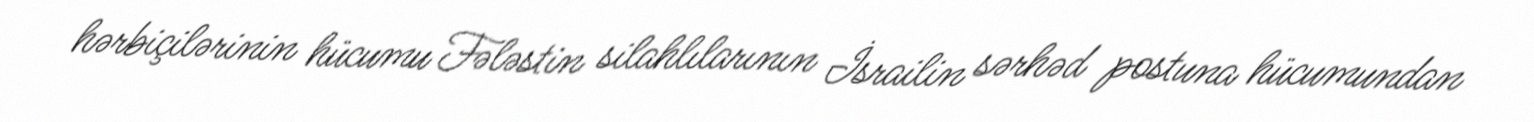
hərbiçilərinin hücumu Fələstin silahlılarının İsrailin sərhəd postuna hücumundan